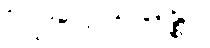
လူခပ္ပသန္နော